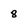
Character: 8